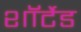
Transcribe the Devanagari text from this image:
शॉर्टेड